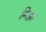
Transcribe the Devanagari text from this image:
मिझा